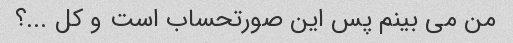
من می بینم پس این صورتحساب است و کل ...؟